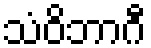
သံဝိဘာဂီ